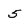
Character: 5